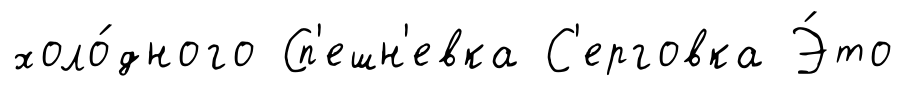
холо́дного Сп'ешн'евка С'ерговка Э́то